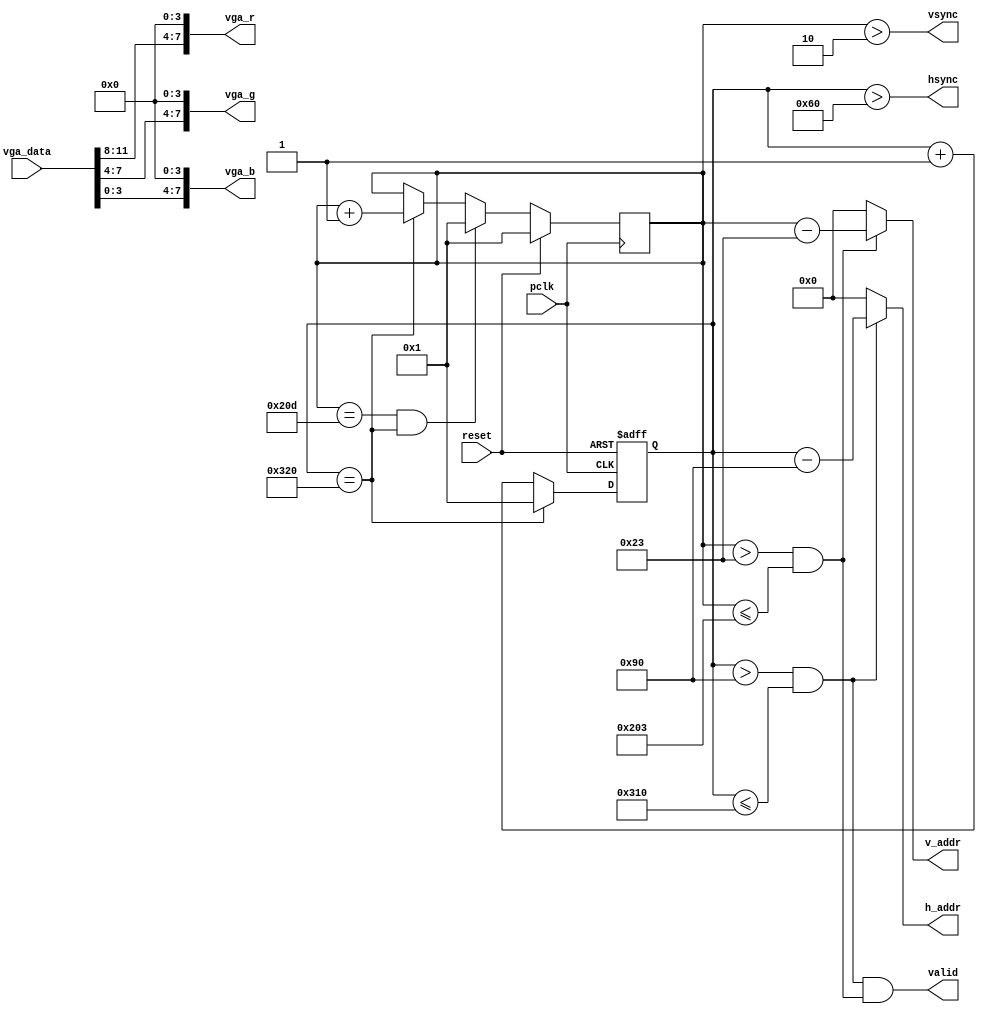
module vga_ctrl(
 input pclk, //25MHz 
 input reset, // 
 input [11:0] vga_data, // VGA 4
 output [9:0] h_addr, // 
 output [9:0] v_addr,
 output hsync, // 
 output vsync,
 output valid, // 
 output [7:0] vga_r, // 
 output [7:0] vga_g,
 output [7:0] vga_b//4bits
 );

 //640x480 VGA 
 parameter h_frontporch = 96;
 parameter h_active = 144;
 parameter h_backporch = 784;
 parameter h_total = 800;

 parameter v_frontporch = 2;
 parameter v_active = 35;
 parameter v_backporch = 515;
 parameter v_total = 525;

 // 
 reg [9:0] x_cnt;
 reg [9:0] y_cnt;
 wire h_valid;
 wire v_valid;

 always @(posedge reset or posedge pclk) // 
 if (reset == 1'b1)
	x_cnt <= 1;
 else
 begin
	 if (x_cnt == h_total)
		x_cnt <= 1;
	 else
		x_cnt <= x_cnt + 10'd1;
 end

 always @(posedge pclk) // 
 if (reset == 1'b1)
 y_cnt <= 1;
 else
 begin
 if (y_cnt == v_total & x_cnt == h_total)
 y_cnt <= 1;
 else if (x_cnt == h_total)
 y_cnt <= y_cnt + 10'd1;
 end
 // 
 assign hsync = (x_cnt > h_frontporch);
 assign vsync = (y_cnt > v_frontporch);
 // 
 assign h_valid = (x_cnt > h_active) & (x_cnt <= h_backporch);
 assign v_valid = (y_cnt > v_active) & (y_cnt <= v_backporch);
 assign valid = h_valid & v_valid;
 // 
 assign h_addr = h_valid ? (x_cnt - 10'd144) : {10{1'b0}};
 assign v_addr = v_valid ? (y_cnt - 10'd35) : {10{1'b0}};
 // 
 assign vga_r = {vga_data[11:8],4'b0000};
 assign vga_g = {vga_data[7:4],4'b0000};
 assign vga_b = {vga_data[3:0],4'b0000};//
endmodule